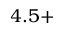
4 . 5 +